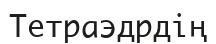
Тетраэдрдің